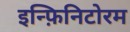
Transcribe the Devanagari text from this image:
इन्फ़िनिटोरम